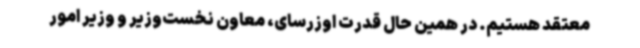
معتقد هستیم. در همین حال قدرت اوزرسای، معاون نخست‌وزیر و وزیر امور